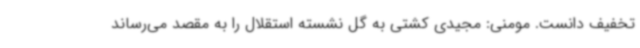
تخفیف دانست. مومنی: مجیدی کشتی به گل نشسته استقلال را به مقصد می‌رساند